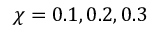
\chi = 0 . 1 , 0 . 2 , 0 . 3